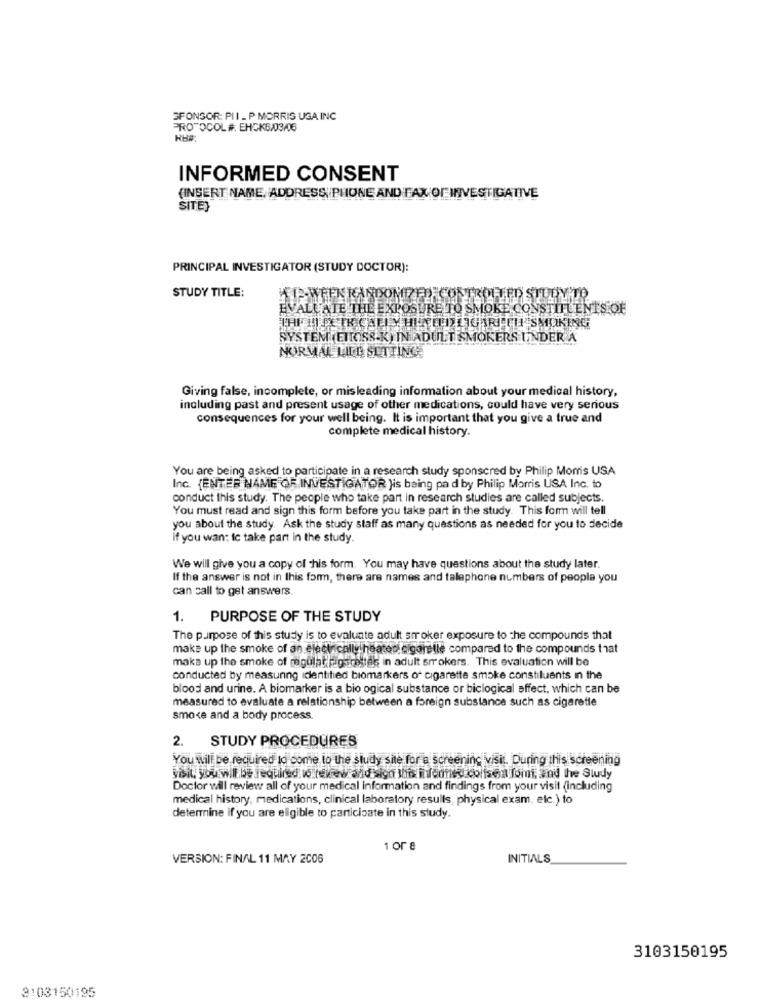
SPONSOR: PII _ P MORRIS USA INC
PROTOCOL #, EHCK6/03/06
RH#:
INFORMED CONSENT
(INSERT NAME, ADDRESS) PHONE AND FAX OF INVESTIGATIVE
SITE}
PRINCIPAL INVESTIGATOR (STUDY DOCTOR):
STUDY TITLE:
HIS-WHEN RANDOMIZED CONTROLLED STUDY TO
EVALUATE THE EXPOSURE TO SMOKE CONSTITUENTS OF
THISLI PETRICALLY HIELD LIGAR TH SMOKING
SYSTEM EITOSS.K) IN ADULTESMOKERS UNDER A
NORMAL LIED SETTING.
Giving false, incomplete, or misleading information about your medical history,
including past and present usage of other medications, could have very serious
consequences for your well being. It is important that you give a true and
complete medical history.
You are being asked to participate in a research study sponsored by Philip Morris USA
Inc. (ENTER NAME OF INVESTIGATOR }is being pa d by Philip Morris USA Inc. to
conduct this study. The people who take part in research studies are called subjects.
You must read and sign this form before you take part in the study. This form will tell
you about the study. Ask the study staff as many questions as needed for you to decide
if you wan: Ic take part in the study.
We will give you a copy of this form. You may have questions about the study later.
If the answer is not in this form, there are names and telephone numbers of people you
can call to get answers.
1. PURPOSE OF THE STUDY
The purpose of this study is to evaluate adult smoker exposure to the compounds that
make up the smoke of an electrically heated cigaretle compared to the compounds that
maka up the smoke of regulat pigsrettak in adult smokers. This evaluation will be
conducted by measuring identified biomarkers of cigarette smoke constituents in the
blood and urine. A biomarker is a bio ogical substance or biclogical effect, which can be
measured to evaluate a relationship between a foreign substance such as cigarette
smoke and a body process.
STUDY PROCEDURES
2.
You will be required to come to the study site for a screening visit. During this screening
visit, you wil be required wo tewew and sigo this informes consea Tomi, and the Study
Doctor will review all of your medical information and findings from your visit (including
medical history, medications, clinical laboratory resulls, physical exam. etc.) to
determine if you are eligible to participate in this study.
1 or 8
VERSION: FINAL 11 MAY 2006
INITIALS
3103150195
3103150195